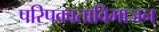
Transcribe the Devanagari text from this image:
परिपक्वताविभाजन